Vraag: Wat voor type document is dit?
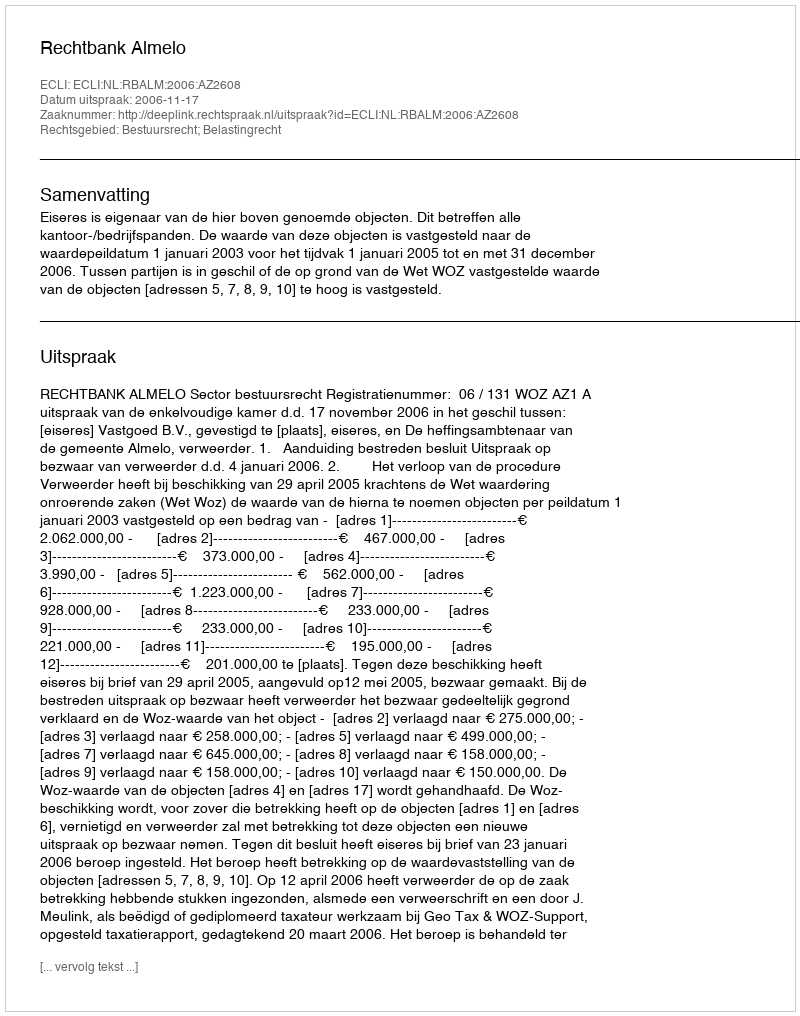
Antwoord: Uitspraak